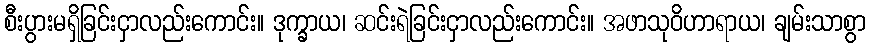
စီးပွားမရှိခြင်းငှာလည်းကောင်း။ ဒုက္ခာယ၊ ဆင်းရဲခြင်းငှာလည်းကောင်း။ အဖာသုဝိဟာရာယ၊ ချမ်းသာစွာ